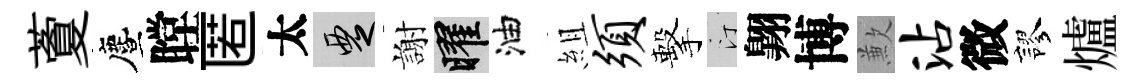
藑󵨌瞠匿太覂謝曜油組须擊汀翺博歉沾微謬爐